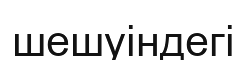
шешуіндегі